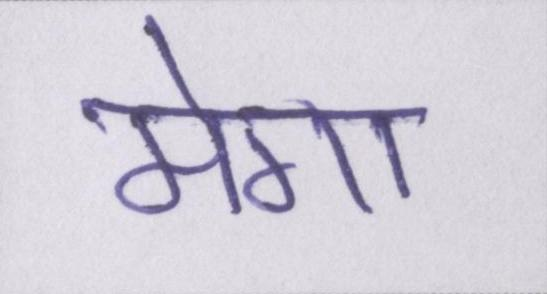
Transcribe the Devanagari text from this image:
मेगा